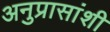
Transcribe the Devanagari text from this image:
अनुप्रासांशी